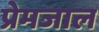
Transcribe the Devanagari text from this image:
प्रेमजाल